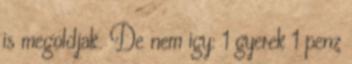
is megoldjak. De nem igy: 1 gyerek 1 penz